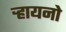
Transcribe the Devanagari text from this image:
ऱ्हायनो